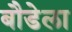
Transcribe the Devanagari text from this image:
बौडेला